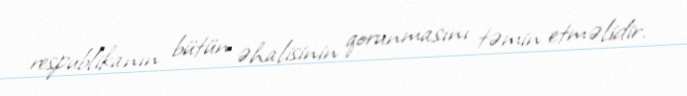
respublikanın bütün əhalisinin qorunmasını təmin etməlidir.